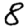
Digit: 8